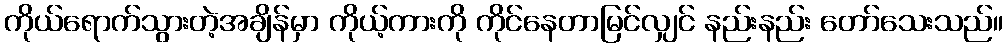
ကိုယ်ရောက်သွားတဲ့အချိန်မှာ ကိုယ့်ကားကို ကိုင်နေတာမြင်လျှင် နည်းနည်း တော်သေးသည်။